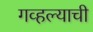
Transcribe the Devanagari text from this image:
गव्हल्याची